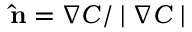
\mathbf { \hat { n } } = \boldsymbol \nabla C / \mid \boldsymbol \nabla C \mid